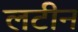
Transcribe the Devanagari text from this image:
लटीन